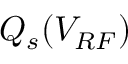
Q _ { s } ( V _ { R F } )